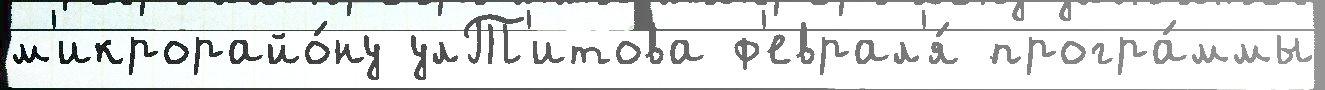
м'икрорайо́ну улТ'итова ф'еврал'я́ програ́ммы